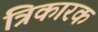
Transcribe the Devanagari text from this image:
त्रिकारक